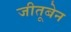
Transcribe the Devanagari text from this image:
जीतूबेन